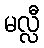
မလ္လီ